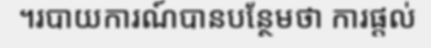
។របាយការណ៍បានបន្ថែមថា ការផ្តល់